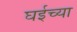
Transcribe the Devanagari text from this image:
घईच्या